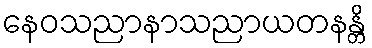
နေဝသညာနာသညာယတနန္တိ